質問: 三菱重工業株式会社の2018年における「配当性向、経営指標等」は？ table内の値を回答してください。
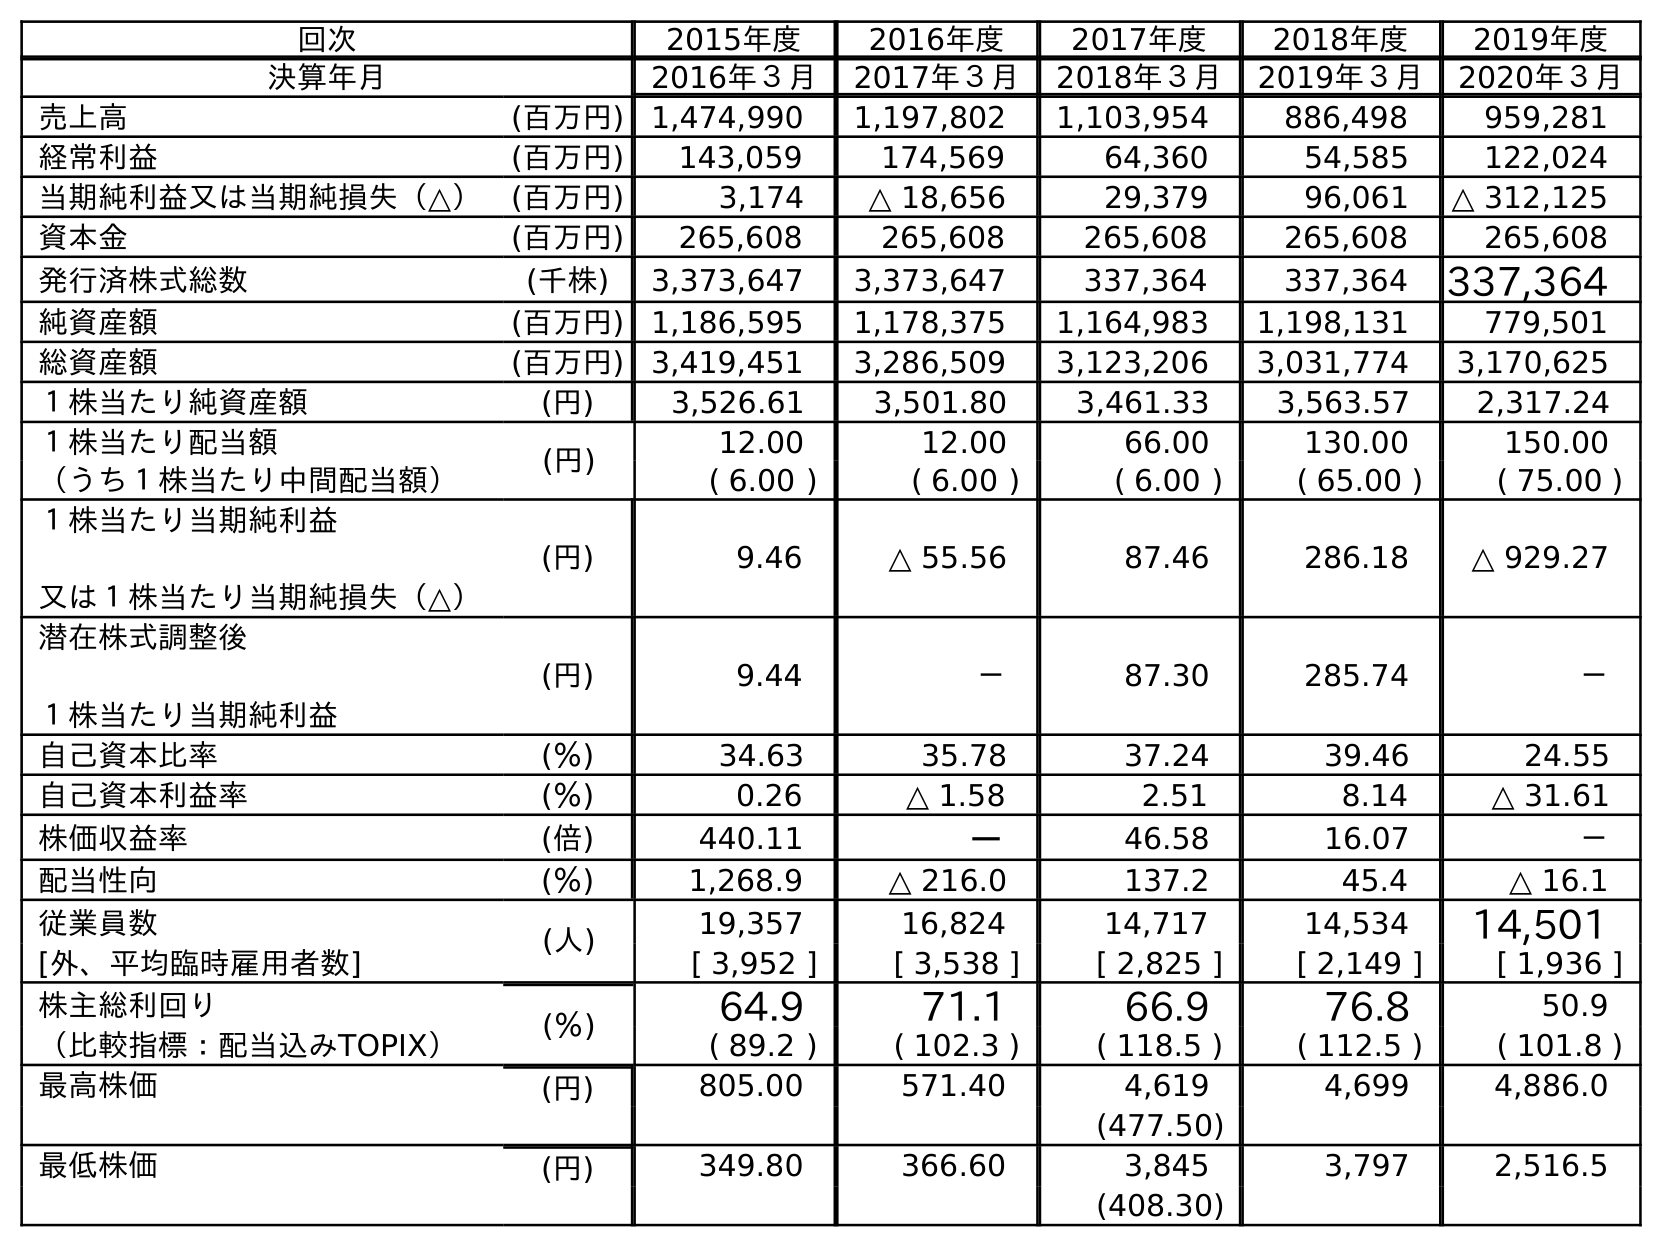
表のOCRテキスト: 回次 2015年度 2016年度 2017年度 2018年度 2019年度 決算年月 2016年３月 2017年３月 2018年３月 2019年３月 2020年３月 売上高 (百万円) 1,474,990 1,197,802 1,103,954 886,498 959,281 経常利益 (百万円) 143,059 174,569 64,360 54,585 122,024 当期純利益又は当期純損失（△） (百万円) 3,174 △ 18,656 29,379 96,061 △ 312,125 資本金 (百万円) 265,608 265,608 265,608 265,608 265,608 発行済株式総数 (千株) 3,373,647 3,373,647 337,364 337,364 337,364 純資産額 (百万円) 1,186,595 1,178,375 1,164,983 1,198,131 779,501 総資産額 (百万円) 3,419,451 3,286,509 3,123,206 3,031,774 3,170,625 １株当たり純資産額 (円) 3,526.61 3,501.80 3,461.33 3,563.57 2,317.24 １株当たり配当額 (円) 12.00 12.00 66.00 130.00 150.00 （うち１株当たり中間配当額） ( 6.00 ) ( 6.00 ) ( 6.00 ) ( 65.00 ) ( 75.00 ) １株当たり当期純利益 又は１株当たり当期純損失（△） (円) 9.46 △ 55.56 87.46 286.18 △ 929.27 潜在株式調整後 １株当たり当期純利益 (円) 9.44 － 87.30 285.74 － 自己資本比率 (％) 34.63 35.78 37.24 39.46 24.55 自己資本利益率 (％) 0.26 △ 1.58 2.51 8.14 △ 31.61 株価収益率 (倍) 440.11 － 46.58 16.07 － 配当性向 (％) 1,268.9 △ 216.0 137.2 45.4 △ 16.1 従業員数 (人) 19,357 16,824 14,717 14,534 14,501 [外、平均臨時雇用者数] [ 3,952 ] [ 3,538 ] [ 2,825 ] [ 2,149 ] [ 1,936 ] 株主総利回り (％) 64.9 71.1 66.9 76.8 50.9 （比較指標：配当込みTOPIX） ( 89.2 ) ( 102.3 ) ( 118.5 ) ( 112.5 ) ( 101.8 ) 最高株価 (円) 805.00 571.40 4,619 4,699 4,886.0 (477.50) 最低株価 (円) 349.80 366.60 3,845 3,797 2,516.5 (408.30)
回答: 137.2